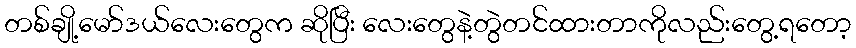
တစ်ချို့မော်ဒယ်လေးတွေက ဆိုပြီး လေးတွေနဲ့တွဲတင်ထားတာကိုလည်းတွေ့ရတော့